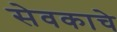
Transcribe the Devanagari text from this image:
सेवकाचे